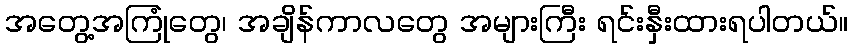
အတွေ့အကြုံတွေ၊ အချိန်ကာလတွေ အများကြီး ရင်းနှီးထားရပါတယ်။